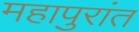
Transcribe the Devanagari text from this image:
महापुरांत